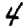
Digit: 4